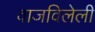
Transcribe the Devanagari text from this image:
वाजविलेली